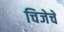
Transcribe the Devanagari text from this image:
चिजेचे